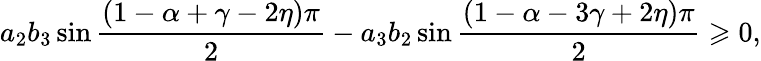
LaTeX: a_{2}b_{3}\sin\frac{\left(1-\alpha+\gamma-2\eta\right)\pi}{2}-a_{3}b_{2}\sin\frac{\left(1-\alpha-3\gamma+2\eta\right)\pi}{2}\geqslant 0,